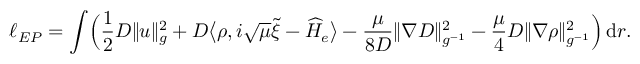
\ell _ { E P } = \int \! \Big ( \frac { 1 } 2 D \| u \| _ { g } ^ { 2 } + D \big \langle \rho , i \sqrt { \mu } \tilde { \xi } - \widehat H _ { e } \big \rangle - \frac { \mu } { 8 D } { \| \nabla { D } \| _ { g ^ { - 1 } } ^ { 2 } } - \frac \mu 4 D \| \nabla \rho \| _ { g ^ { - 1 } } ^ { 2 } \Big ) \, \mathrm { d } r .